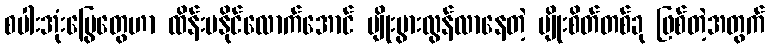
စပါးအုံးမြွေတွေဟာ ထိန်းမနိုင်လောက်အောင် မျိုးပွားလွန်လာနေတဲ့ မျိုးစိတ်တစ်ခု ဖြစ်တဲ့အတွက်